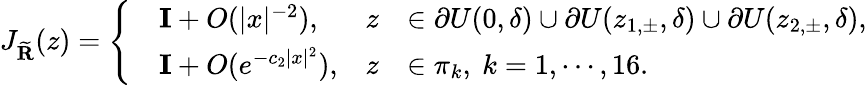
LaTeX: J_{\widetilde{\mathbf{R}}}(z)=\left\{ \begin{array}{rlrl}&{\mathbf{I}+O(|x|^{-2}),}&{z}&{\in\partial U(0,\delta)\cup\partial U(z_{1,\pm},\delta)\cup\partial U(z_{2,\pm},\delta),}\\ &{\mathbf{I}+O(e^{-c_{2}|x|^{2}}),}&{z}&{\in\pi_{k},\ k=1,\cdots,16.}\end{array}\right.